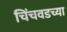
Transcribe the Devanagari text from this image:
चिंचवडच्या